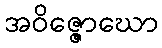
အဝိဇ္ဇောဃော